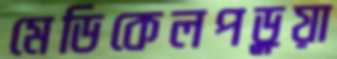
মেডিকেলপড়ুয়া